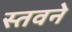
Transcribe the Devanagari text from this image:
स्तवने